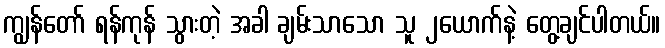
ကျွန်တော် ရန်ကုန် သွားတဲ့ အခါ ချမ်းသာသော သူ ၂ယောက်နဲ့ တွေ့ချင်ပါတယ်။